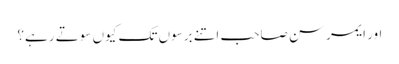
اور ایمرسن صاحب اتنے برسوں تک کیوں سوتے رہے؟